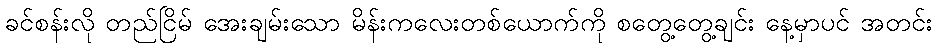
ခင်စန်းလို တည်ငြိမ် အေးချမ်းသော မိန်းကလေးတစ်ယောက်ကို စတွေ့တွေ့ချင်း နေ့မှာပင် အတင်း